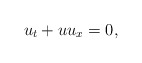
\begin{align*} u_t + u u_x = 0, \end{align*}